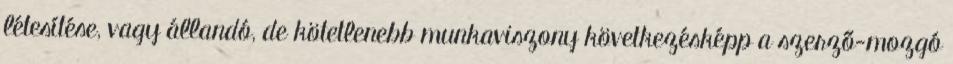
létesítése, vagy állandó, de kötetlenebb munkaviszony következésképp a szerző-mozgó